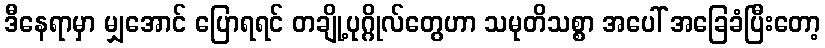
ဒီနေရာမှာ မျှအောင် ပြောရရင် တချို့ပုဂ္ဂိုလ်တွေဟာ သမုတိသစ္စာ အပေါ် အခြေခံပြီးတော့